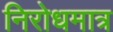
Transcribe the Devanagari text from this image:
निरोधमात्र